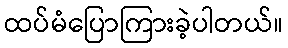
ထပ်မံပြောကြားခဲ့ပါတယ်။